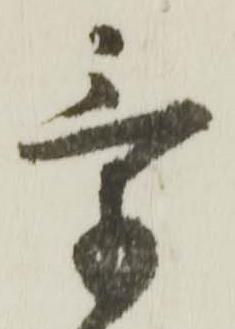
気